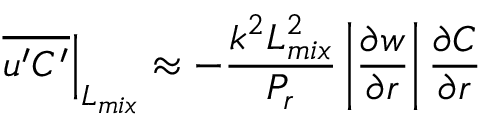
\left. \overline { { u ^ { \prime } C ^ { \prime } } } \right| _ { L _ { m i x } } \approx - \frac { k ^ { 2 } L _ { m i x } ^ { 2 } } { P _ { r } } \left| \frac { \partial w } { \partial r } \right| \frac { \partial C } { \partial r }